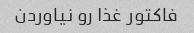
فاکتور غذا رو نیاوردن